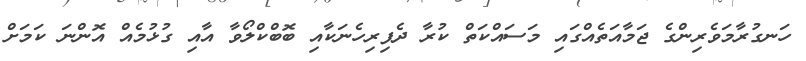
ހަނގުރާމަވެރިންގެ ޖަމާއަތެއްގައި މަސައްކަތް ކުރާ ދެފިރިހެނަކާއި ބޮބްކްލޯވާ އާއި ގުޅުމެއް އޮންނަ ކަމަށް